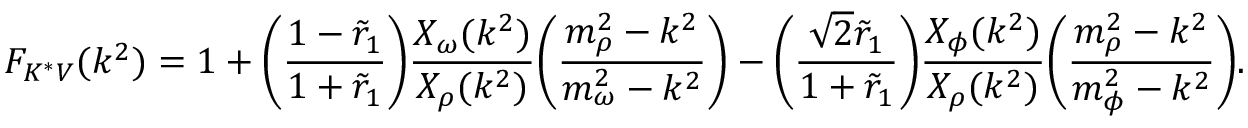
F _ { K ^ { * } V } ( k ^ { 2 } ) = 1 + \Biggl ( { \frac { 1 - \tilde { r } _ { 1 } } { 1 + \tilde { r } _ { 1 } } } \Biggr ) { \frac { X _ { \omega } ( k ^ { 2 } ) } { X _ { \rho } ( k ^ { 2 } ) } } \Biggl ( { \frac { m _ { \rho } ^ { 2 } - k ^ { 2 } } { m _ { \omega } ^ { 2 } - k ^ { 2 } } } \Biggr ) - \Biggl ( { \frac { \sqrt { 2 } \tilde { r } _ { 1 } } { 1 + \tilde { r } _ { 1 } } } \Biggr ) { \frac { X _ { \phi } ( k ^ { 2 } ) } { X _ { \rho } ( k ^ { 2 } ) } } \Biggl ( { \frac { m _ { \rho } ^ { 2 } - k ^ { 2 } } { m _ { \phi } ^ { 2 } - k ^ { 2 } } } \Biggr ) .